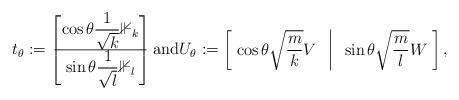
LaTeX: \begin{align*} t_\theta:= \begin{bmatrix} \cos\theta \dfrac{1}{\sqrt{k}} \mathbb{1}_k \\ \hline \sin \theta \dfrac{1}{\sqrt{l}}\mathbb{1}_l \end{bmatrix}\mbox{and} U_\theta:= \begin{bmatrix} \; \cos\theta \sqrt{\dfrac{m}{k}} V & \vline & \sin \theta \sqrt{\dfrac{m}{l}} W \; \end{bmatrix},\end{align*}